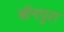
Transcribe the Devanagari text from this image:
बॉनपुरा